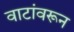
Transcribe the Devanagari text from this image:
वाटांवरून